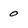
Character: 0